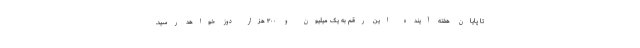
تا پایان هفته آینده این رقم به یک میلیون و ۳۰۰ هزار دوز خواهد رسید.